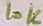
Text: 10K